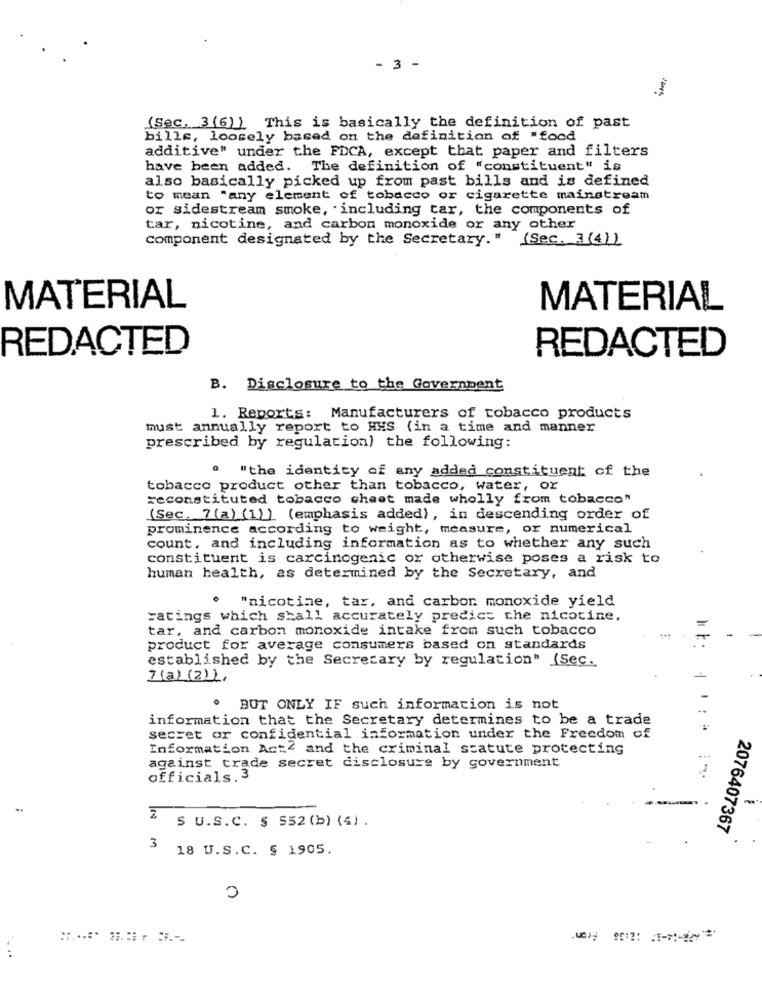
- 3 -
(Sec. 3(6)] This is basically the definition of past
bills, loosely based on the definition of "food
additive" under the FDCA, except that paper and filters
have been added. The definition of "constituent" is
also basically picked up from past bills and is defined
to mean "any element of tobacco or cigarette mainstream
or sidestream smoke, including tar, the components of
tar, nicotine, and carbon monoxide or any other
Component designated by the Secretary."
(Sec. 3(4)
MATERIAL
MATERIAL
REDACTED
REDACTED
B. Disclosure to the Government
1. Reports: Manufacturers of tobacco products
must annually report to HHS (in a time and manner
prescribed by regulation) the following:
"the identity of any added constituent of the
tobacco product other than tobacco, water, or
reconstituted tobacco cheet made wholly from tobacco"
(Sec. 7(a) (1)) (emphasis added), in descending order of
prominence according to weight, measure, or numerical
count, and including information as to whether any such
constituent is carcinogenic or otherwise poses a risk to
human health, as determined by the Secretary, and
. "nicotine, tar, and carbon monoxide yield
ratings which shall accurately predict the nicotine.
tar, and carbon monoxide intake from such tobacco
product for average consumers based on standards
established by the Secretary by regulation" (Sec.
7(a) (2) 2.
. BUT ONLY IF such information is not
information that the Secretary determines to be a trade
secret or confidential information under the Freedom of
Information Act2 and the criminal statute protecting
against trade secret disclosure by government
officials.3
-
S U.S. C. $ 552 (b) (4) .
2076407367
3
18 U.S.C. § 1905.
0